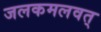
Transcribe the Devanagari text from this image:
जलकमलवत्